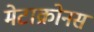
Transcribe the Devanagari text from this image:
मेटाक्रोनस